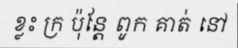
ខ្លះ ក្រ ប៉ុន្តែ ពូក គាត់ នៅ